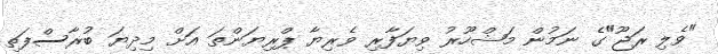
"ވެލި ރަޖޫ"ގެ ނަމުން މަޝްހޫރު ވިޔަފާރި ވެރިޔާ ޕްރިޔަންތަ އަށް މިދިޔަ ބުރާސްފަތި